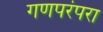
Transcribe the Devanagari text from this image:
गणपरंपरा